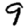
Digit: 9